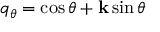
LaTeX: q _ { \theta } = \cos \theta + \mathbf { k } \sin \theta